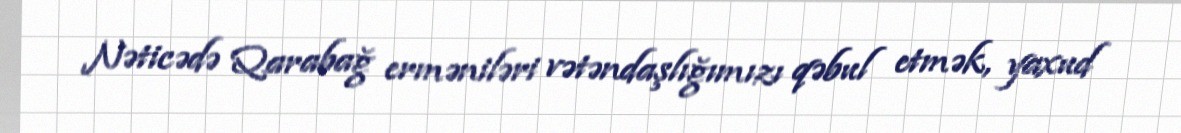
Nəticədə Qarabağ erməniləri vətəndaşlığımızı qəbul etmək, yaxud